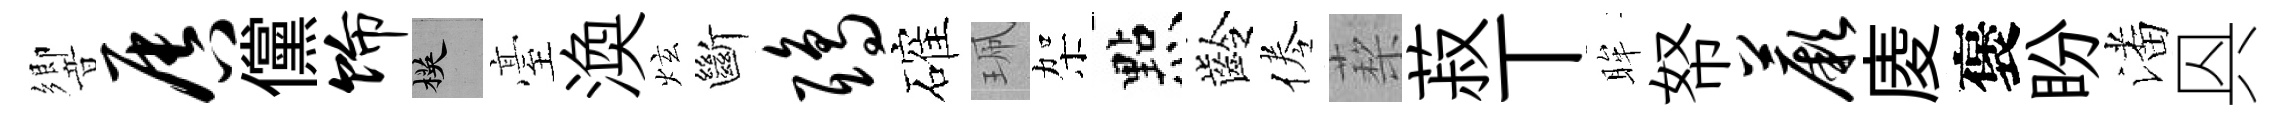
響唇儻饰楧臺渙炫斷鸱確珮架㸃齡倦蔾菽丅眸帑蕨庱褒盼潘㒷